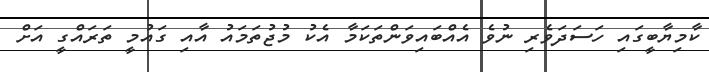
ކާމިޔާބީގައި ހަސަދަވެރި ނުވެ އެއްބައިވަންތަކަމާ އެކު މުޖުތަމައު އާއި ގައުމީ ތަރައްގީ އަށް